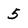
Character: 5